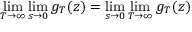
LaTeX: \operatorname* { l i m } _ { T \to \infty } \operatorname* { l i m } _ { s \to 0 } g _ { T } ( z ) = \operatorname* { l i m } _ { s \to 0 } \operatorname* { l i m } _ { T \to \infty } g _ { T } ( z )